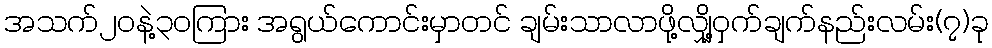
အသက်၂၀နဲ့၃၀ကြား အရွယ်ကောင်းမှာတင် ချမ်းသာလာဖို့လျှို့ဝှက်ချက်နည်းလမ်း(၇)ခု